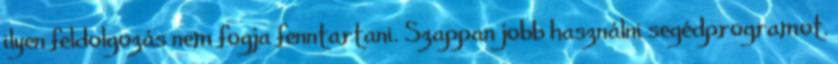
ilyen feldolgozás nem fogja fenntartani. Szappan jobb használni segédprogramot.